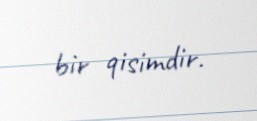
bir qisimdir.